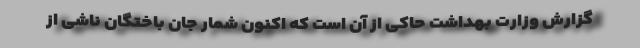
گزارش وزارت بهداشت حاکی از آن است که اکنون شمار جان باختگان ناشی از